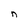
Character: n